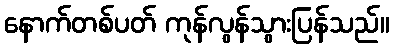
နောက်တစ်ပတ် ကုန်လွန်သွားပြန်သည်။